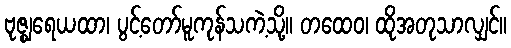
ဗုဇ္ဈရေယထာ၊ ပွင့်တော်မူကုန်သကဲ့သို့။ တထေဝ၊ ထိုအတုသာလျှင်။